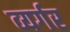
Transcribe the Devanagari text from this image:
व्यर्गर